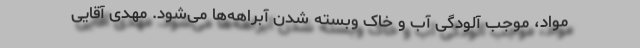
مواد، موجب آلودگی آب و خاک وبسته شدن آبراهه‌ها می‌شود. مهدی آقایی